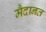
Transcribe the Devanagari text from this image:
मैदानत